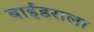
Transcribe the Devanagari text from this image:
बाईंडराला